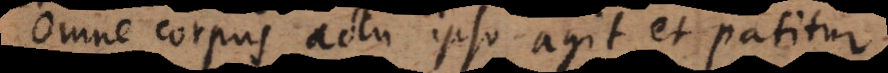
Omne corpus actu ipso agit et patitur.